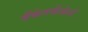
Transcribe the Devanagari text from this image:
बँकेतर्फेकेले